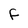
Character: f